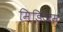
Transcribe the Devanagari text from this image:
मिडिअम